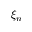
\xi _ { n }